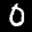
Label: 0